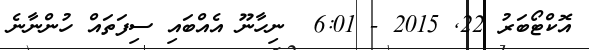
އޮކްޓޯބަރު 22